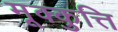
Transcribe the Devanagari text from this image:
मूक्कुत्ति